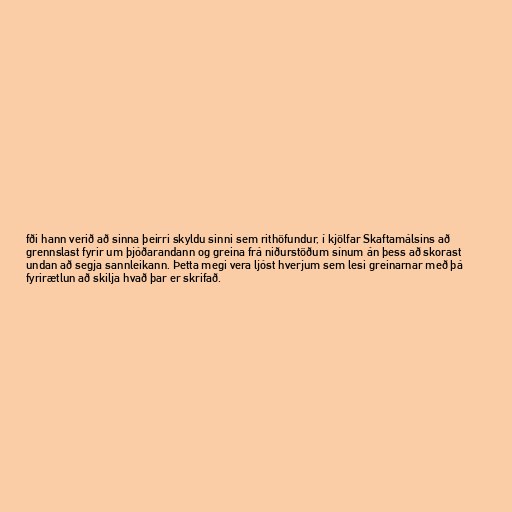
fði hann verið að sinna þeirri skyldu sinni sem rithöfundur, í kjölfar Skaftamálsins að
grennslast fyrir um þjóðarandann og greina frá niðurstöðum sínum án þess að skorast
undan að segja sannleikann. Þetta megi vera ljóst hverjum sem lesi greinarnar með þá
fyrirætlun að skilja hvað þar er skrifað.